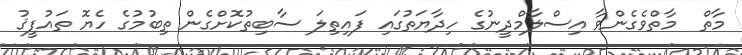
މާތް  މާތްވެގެންވާ އިސްލާމްދީނުގެ ހިދާޔަތުގައި ފައިތިލަ ސާބިތުކޮށްގެން ތިބުމުގެ ހެޔޮ ތައުފީޤު